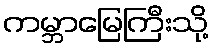
ကမ္ဘာမြေကြီးသို့